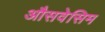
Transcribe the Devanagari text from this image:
औसवेसिम